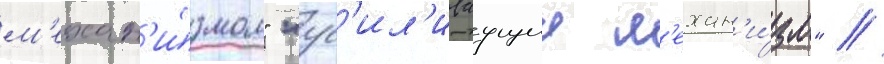
м'ехан'и́змом" "ус'ил'иваущии м'ехан'и́зм" /